Vaccination in Bombay 1856-1862 - 1856-1862
Year: 1856
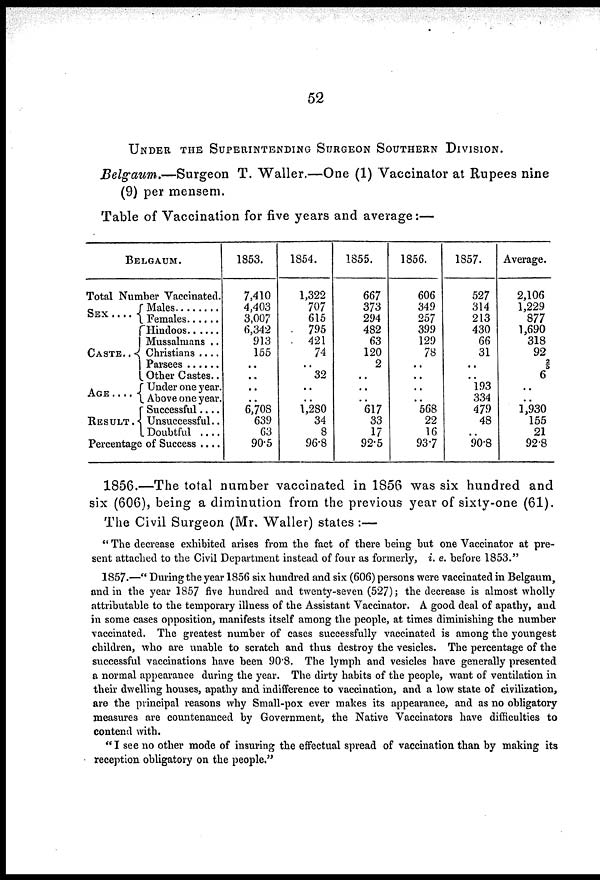
52
UNDER THE SUPERINTENDING SURGEON SOUTHERN DIVISION.
Belgaum.—Surgeon
T. Waller.—One (1) Vaccinator at Rupees nine
(9) per mensem.
Table of Vaccination for five years and average:—
BELGAUM.
Total Number Vaccinated.
SEX
. . . .
CASTE . . .
AGE . . . .
RESULT .
Males . . . . .
Females . . . .
Hindoos . . . . .
Mussalmans . .
Christians . . . .
Parsees . . . .
Other Castes..
Under one year.
Above one year.
Successful . . .
Unsuccessful . .
Doubtful . . . .
Percentage of Success . . .
1853.
7,410
4,403
3,007
6,342
913
155
..
..
..
..
6,708
639
63
90.5
1854.
1,322
707
615
795
421
74
..
32
..
..
1,280
34
8
96.8
1855.
667
373
294
482
63
120
2
..
..
..
617
33
17
92.5
1856.
606
349
257
399
129
78
..
..
..
..
568
22
16
93.7
1857.
527
314
213
430
66
31
..
..
193
334
479
48
..
90.8
Average.
2,106
1,229
877
1,690
318
92
2/5
6
..
..
1,930
155
21
92.8
1856.—The total number vaccinated in 1856 was six hundred and
six (606), being a diminution from the previous year of sixty-one (61).
The Civil Surgeon (Mr. Waller) states :—
" The decrease exhibited arises from the fact of there being but one Vaccinator at pre-
sent attached to the Civil Department instead of four as formerly, i. e. before 1853."
1857.—" During the year 1856 six hundred and six (606) persons were vaccinated in Belgaum,
and in the year 1857 five hundred and twenty-seven (527); the decrease is almost wholly
attributable to the temporary illness of the Assistant Vaccinator. A good deal of apathy, and
in some cases opposition, manifests itself among the people, at times diminishing the number
vaccinated. The greatest number of cases successfully vaccinated is among the youngest
children, who are unable to scratch and thus destroy the vesicles. The percentage of the
successful vaccinations have been 90.8. The lymph and vesicles have generally presented
a normal appearance during the year. The dirty habits of the people, want of ventilation in
their dwelling houses, apathy and indifference to vaccination, and a low state of civilization,
are the principal reasons why Small-pox ever makes its appearance, and as no obligatory
measures are countenanced by Government, the Native Vaccinators have difficulties to
contend with.
"I see no other mode of insuring the effectual spread of vaccination than by making its
reception obligatory on the people."